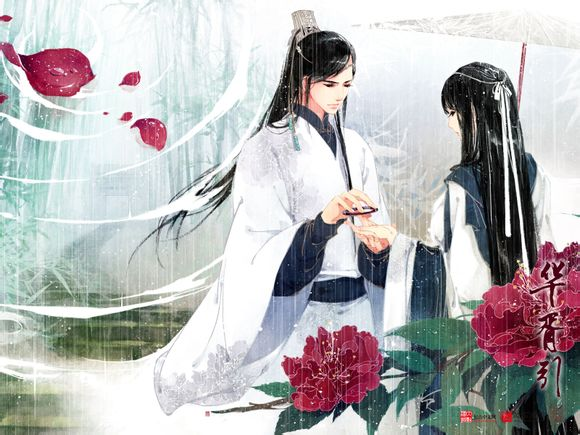
君知否，是山西将种，曾系诗盟。